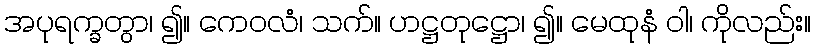
အပုရက္ခတွာ၊ ၍။ ကေဝလံ၊ သက်။ ဟဋ္ဌတုဋ္ဌော၊ ၍။ မေထုနံ ဝါ၊ ကိုလည်း။